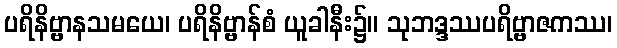
ပရိနိဗ္ဗာနသမယေ၊ ပရိနိဗ္ဗာန်စံ ယူခါနီး၌။ သုဘဒ္ဒဿပရိဗ္ဗာဇကဿ၊